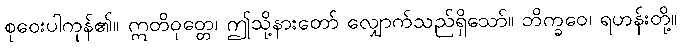
စုဝေးပါကုန်၏။ ဣတိဝုတ္တေ၊ ဤသို့နားတော် လျှောက်သည်ရှိသော်။ ဘိက္ခဝေ၊ ရဟန်းတို့။